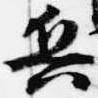
兵